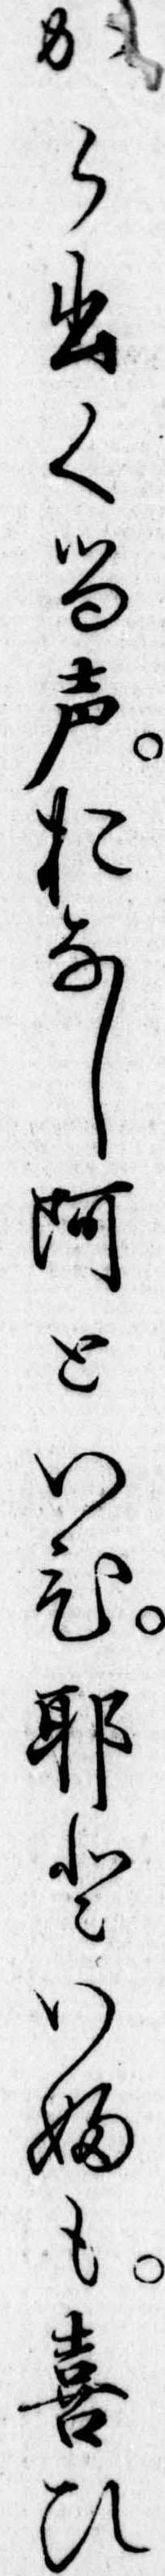
から出くる声おなし阿といひ耶といふも喜ひ